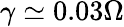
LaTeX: \gamma\simeq 0.03\Omega